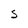
Character: S